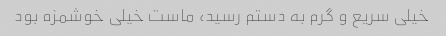
خیلی سریع و گرم به دستم رسید، ماست خیلی خوشمزه بود